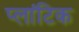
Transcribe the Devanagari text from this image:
प्लांटिक